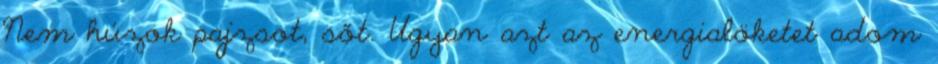
Nem húzok pajzsot, sőt. Ugyan azt az energialöketet adom